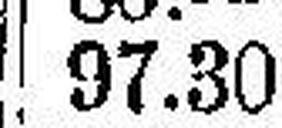
97.30